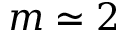
m \simeq 2